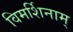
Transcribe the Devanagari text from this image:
विमर्शिनाम्